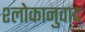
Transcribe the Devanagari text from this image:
श्‍लोकानुवाद